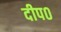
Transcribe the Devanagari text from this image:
दीप०